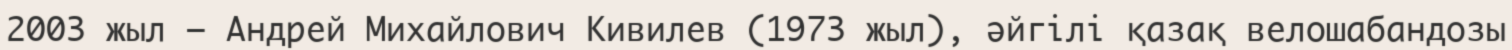
2003 жыл — Андрей Михайлович Кивилев (1973 жыл), әйгілі қазақ велошабандозы